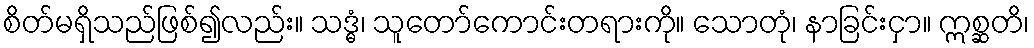
စိတ်မရှိသည်ဖြစ်၍လည်း။ သဒ္ဓံ၊ သူတော်ကောင်းတရားကို။ သောတုံ၊ နာခြင်းငှာ။ ဣစ္ဆတိ၊